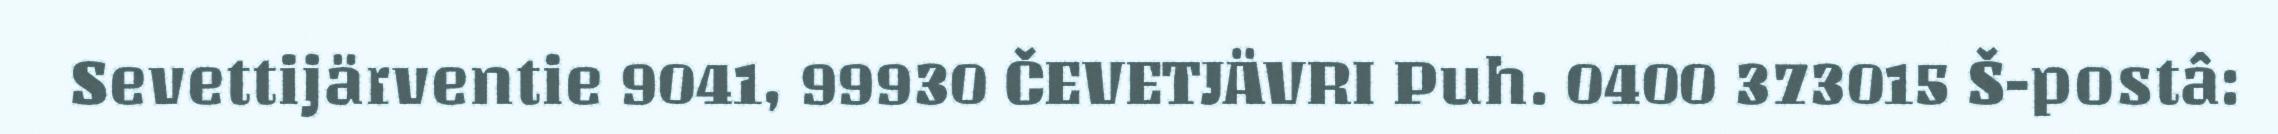
Sevettijärventie 9041, 99930 ČEVETJÄVRI Puh. 0400 373015 Š-postâ: